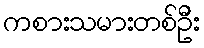
ကစားသမားတစ်ဦး